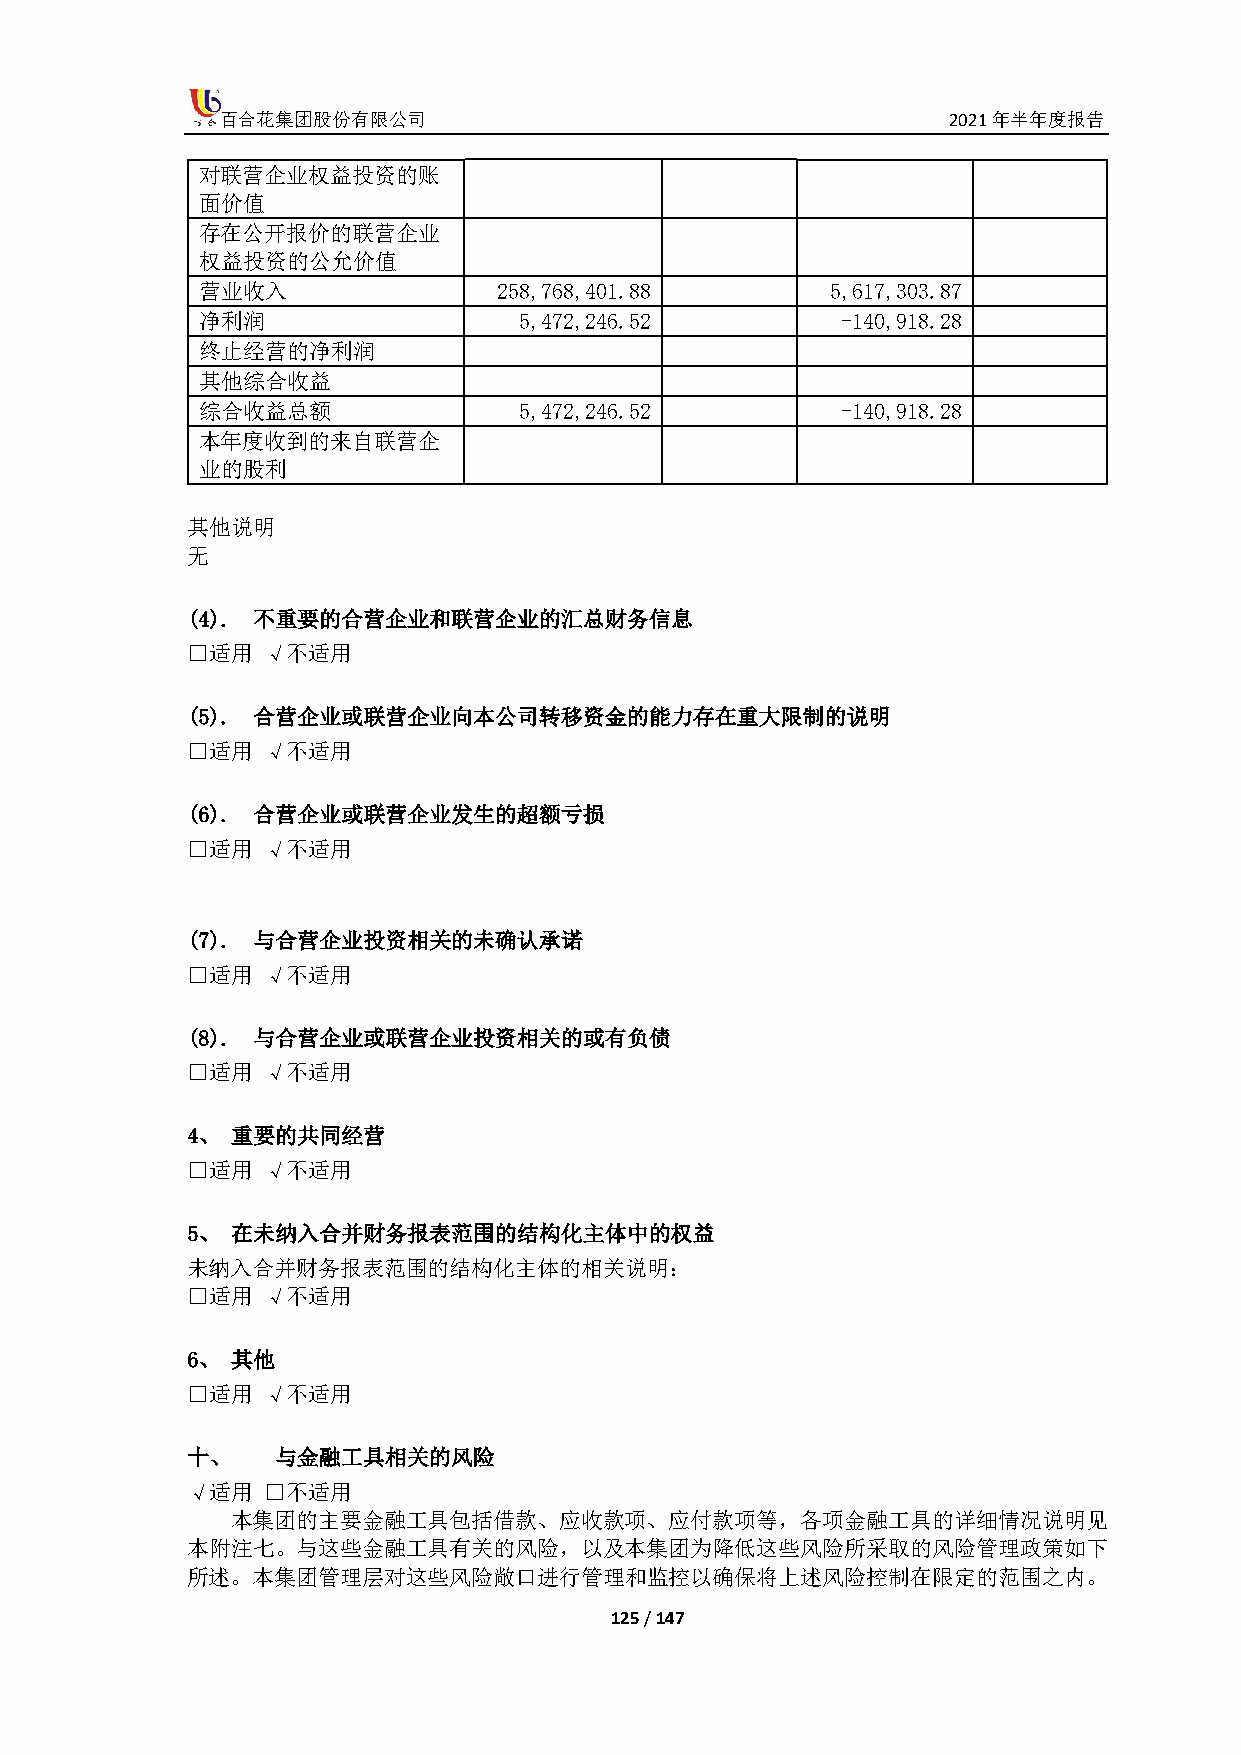
百合花集团股份有限公司                                     2021年半年度报告
 对联营企业权益投资的账
 面价值
 存在公开报价的联营企业
 权益投资的公允价值
 营业收入                258,768,401.88        5,617,303.87
 净利润                  5,472,246.52          -140,918.28
 终止经营的净利润
 其他综合收益
 综合收益总额               5,472,246.52          -140,918.28
 本年度收到的来自联营企
 业的股利
 其他说明
 无
 (4). 不重要的合营企业和联营企业的汇总财务信息
 □适用  √不适用
 (5). 合营企业或联营企业向本公司转移资金的能力存在重大限制的说明
 □适用  √不适用
 (6). 合营企业或联营企业发生的超额亏损
 □适用  √不适用
 (7). 与合营企业投资相关的未确认承诺
 □适用  √不适用
 (8). 与合营企业或联营企业投资相关的或有负债
 □适用  √不适用
 4、 重要的共同经营
 □适用  √不适用
 5、 在未纳入合并财务报表范围的结构化主体中的权益
 未纳入合并财务报表范围的结构化主体的相关说明：
 □适用  √不适用
 6、 其他
 □适用  √不适用
 十、    与金融工具相关的风险
 √适用  □不适用
 本集团的主要金融工具包括借款、应收款项、应付款项等，各项金融工具的详细情况说明见
 本附注七。与这些金融工具有关的风险，以及本集团为降低这些风险所采取的风险管理政策如下
 所述。本集团管理层对这些风险敞口进行管理和监控以确保将上述风险控制在限定的范围之内。
 125 / 147